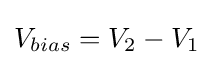
V_{bias}=V_{2}-V_{1}